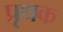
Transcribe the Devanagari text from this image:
प्रृथक